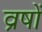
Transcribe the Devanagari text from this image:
व्रषों